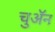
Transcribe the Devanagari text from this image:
चुअॅन